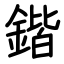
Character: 鍇